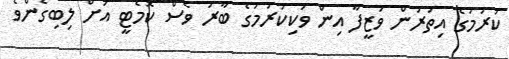
ކުރުމުގެ އިތުރުން ވަޒީފާ އިން ވަކިކުރުމުގެ ބާރު ވެސް ކޮމެޓީ އަށް ލިބިގެންވެ